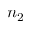
n _ { 2 }